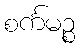
စင်္ကမဉ္စ